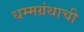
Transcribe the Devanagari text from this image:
धम्मग्रंथाची